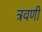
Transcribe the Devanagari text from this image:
त्रवणी